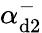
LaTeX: \alpha_{\mathrm{d2}}^{-}